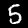
Label: 5